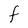
Character: F